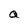
Character: a